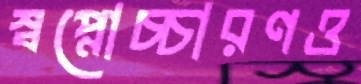
স্বপ্নোচ্চারণও